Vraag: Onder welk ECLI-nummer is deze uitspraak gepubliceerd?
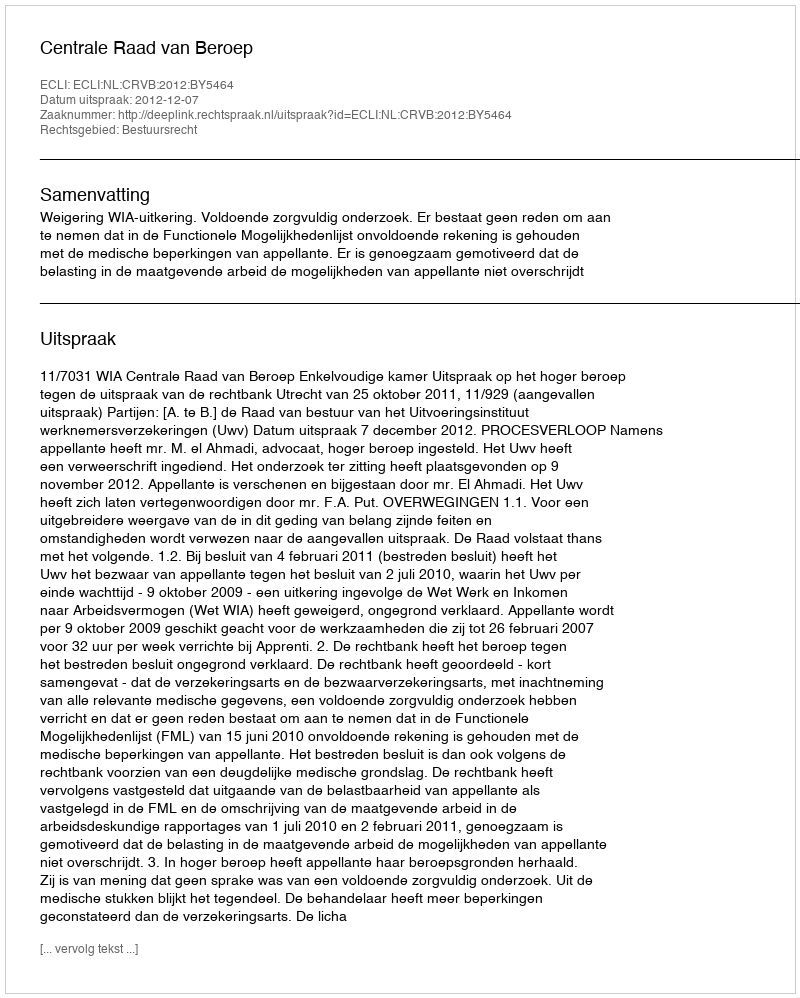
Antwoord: ECLI:NL:CRVB:2012:BY5464